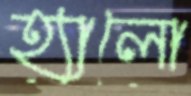
হ্যালো